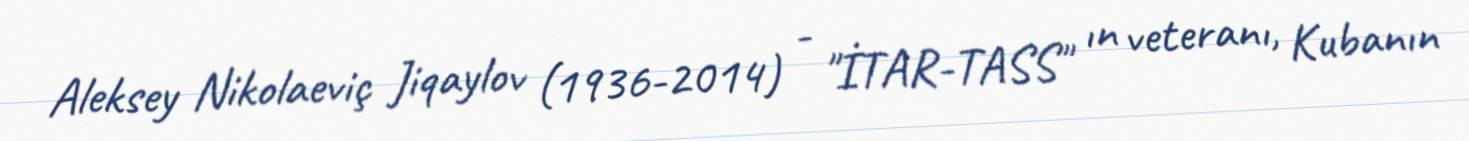
Aleksey Nikolaeviç Jiqaylov (1936-2014) - "İTAR-TASS" ın veteranı, Kubanın